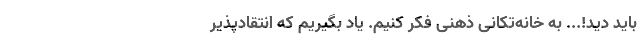
باید دید!... به خانه‌تکانی ذهنی فکر کنیم. یاد بگیریم که انتقادپذیر